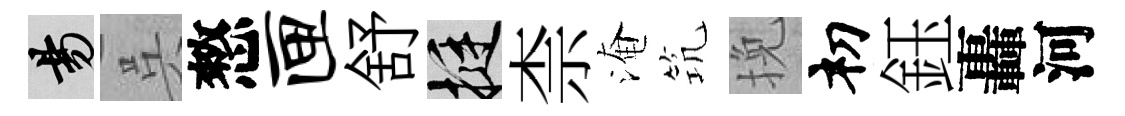
昜呉憗匣舒挺柰淹𥬑挽𥘉鈺轟河